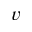
v